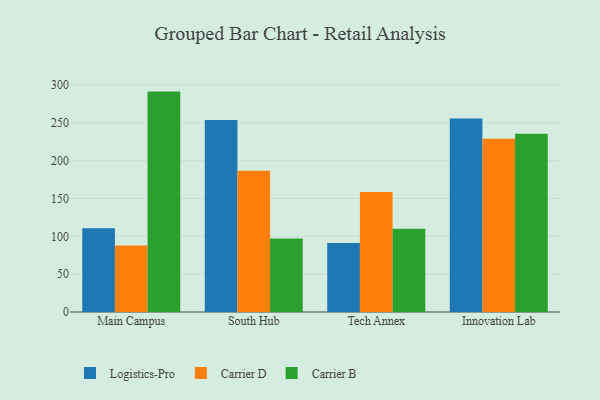
{"axis": {"x": "Campus", "y": "Customer Acquisition Cost (USD)"}, "legend": ["Carrier B", "Carrier D", "Logistics-Pro"], "data": [{"x": "Main Campus", "y": 110.6, "type": "Logistics-Pro"}, {"x": "Main Campus", "y": 87.9, "type": "Carrier D"}, {"x": "Main Campus", "y": 291.2, "type": "Carrier B"}, {"x": "South Hub", "y": 253.7, "type": "Logistics-Pro"}, {"x": "South Hub", "y": 186.5, "type": "Carrier D"}, {"x": "South Hub", "y": 97.0, "type": "Carrier B"}, {"x": "Tech Annex", "y": 91.3, "type": "Logistics-Pro"}, {"x": "Tech Annex", "y": 158.5, "type": "Carrier D"}, {"x": "Tech Annex", "y": 110.1, "type": "Carrier B"}, {"x": "Innovation Lab", "y": 255.5, "type": "Logistics-Pro"}, {"x": "Innovation Lab", "y": 228.8, "type": "Carrier D"}, {"x": "Innovation Lab", "y": 235.5, "type": "Carrier B"}]}